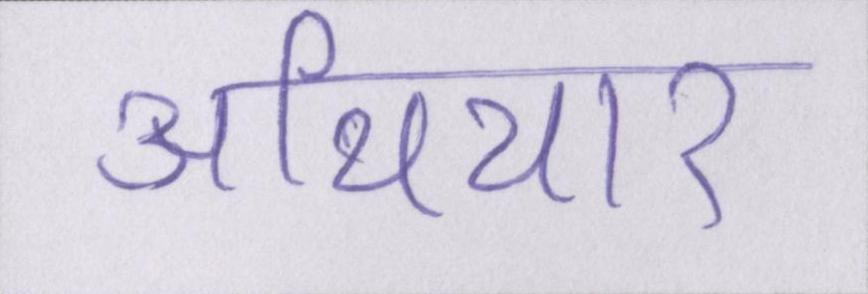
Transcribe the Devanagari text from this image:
अथियार